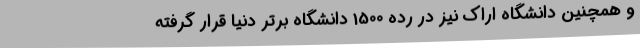
و همچنین دانشگاه اراک نیز در رده 1500 دانشگاه برتر دنیا قرار گرفته